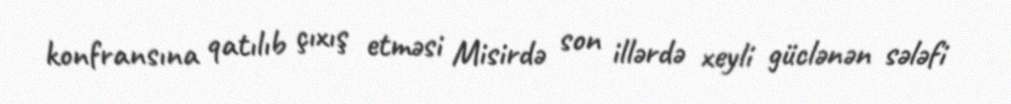
konfransına qatılıb çıxış etməsi Misirdə son illərdə xeyli güclənən sələfi